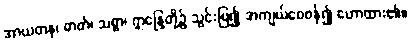
အာယတန၊ ဓာတ်၊ သစ္စာ၊ ဣန္ဒြေတို့၌ သွင်းပြ၍ အကျယ်ဝေဖန်၍ ဟောထား၏။